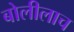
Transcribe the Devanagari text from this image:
बोलीलाच